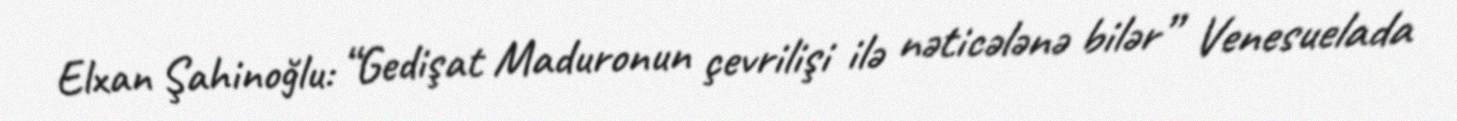
Elxan Şahinoğlu: “Gedişat Maduronun çevrilişi ilə nəticələnə bilər” Venesuelada